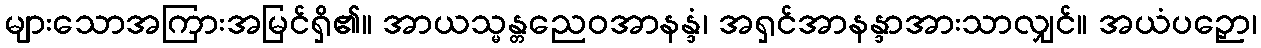
များသောအကြားအမြင်ရှိ၏။ အာယသ္မန္တညေဝအာနန္ဒံ၊ အရှင်အာနန္ဒာအားသာလျှင်။ အယံပဉှော၊